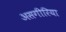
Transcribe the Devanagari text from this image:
असगीरिया